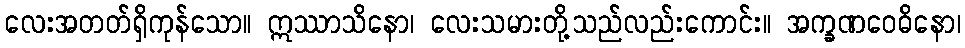
လေးအတတ်ရှိကုန်သော။ ဣဿာသိနော၊ လေးသမားတို့သည်လည်းကောင်း။ အက္ခဏဝေဓိနော၊